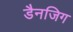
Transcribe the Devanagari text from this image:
डैनजिग